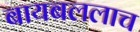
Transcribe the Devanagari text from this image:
बायबललाच